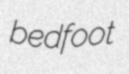
bedfoot